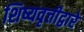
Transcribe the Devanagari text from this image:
शिष्यवृत्तीद्वारे